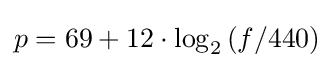
p=69+12\cdot \log _{2}{(f/440)}